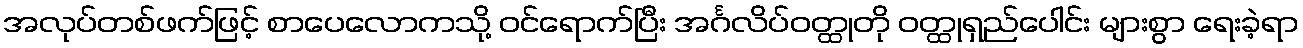
အလုပ်တစ်ဖက်ဖြင့် စာပေလောကသို့ ဝင်ရောက်ပြီး အင်္ဂလိပ်ဝတ္ထုတို ဝတ္ထုရှည်ပေါင်း များစွာ ရေးခဲ့ရာ